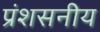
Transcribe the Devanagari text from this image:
प्रंशसनीय